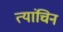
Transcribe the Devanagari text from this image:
त्यांचिन